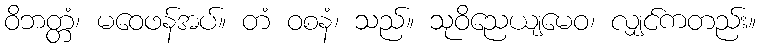
ဝိဘတ္တံ၊ မဝေဖန်အပ်။ တံ ဝစနံ၊ သည်။ သုဝိညေယျမေဝ၊ လျှင်ကတည်း။